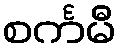
စင်္ကမီ